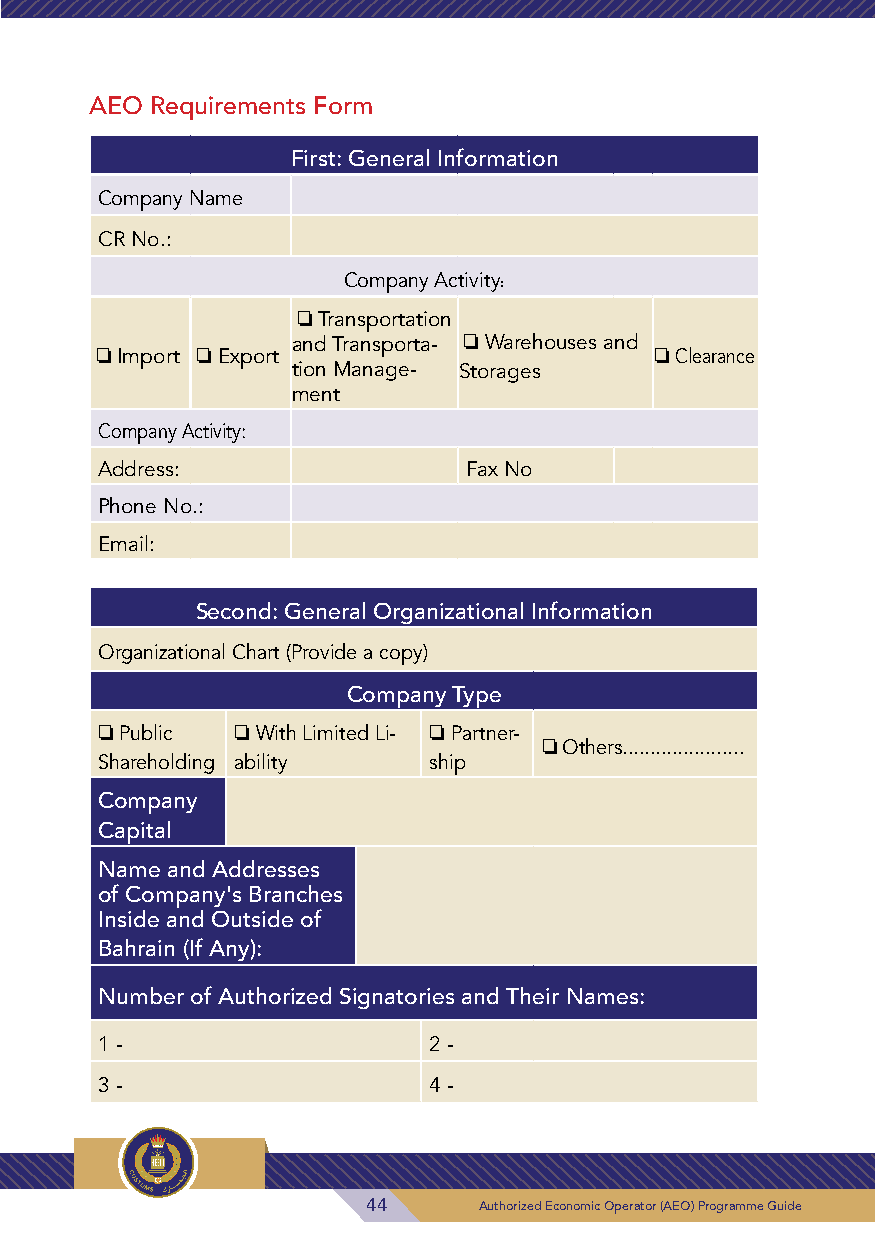
AEO Requirements Form
 First: General Information
 Company Name
 CR No.:
 Company Activity:
 ❏◆Transportation
 and Transporta- ❏◆Warehouses and
 ❏◆Import ❏◆Export                    ❏◆Clearance
 tion Manage- Storages
 ment
 Company Activity:
 Address:                Fax No
 Phone No.:
 Email:
 Second: General Organizational Information
 Organizational Chart (Provide a copy)
 Company Type
 ❏ Public ❏◆With Limited Li- ❏◆Partner-
 ❏ Others......................
 Shareholding ability ship
 Company
 Capital
 Name and Addresses
 of Company's Branches
 Inside and Outside of
 Bahrain (If Any):
 Number of Authorized Signatories and Their Names:
 1 -                  2 -
 3 -                  4 -
 44      Authorized Economic Operator (AEO) Programme Guide